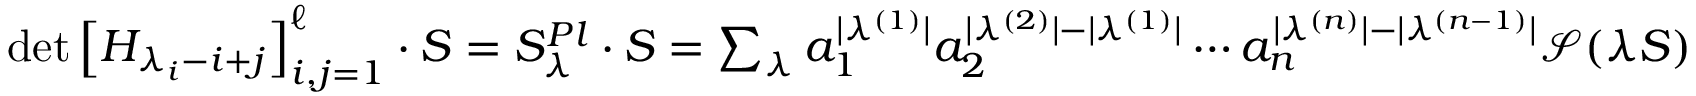
\begin{array} { r } { \operatorname* { d e t } \left[ H _ { \lambda _ { i } - i + j } \right] _ { i , j = 1 } ^ { \ell } \cdot S = S _ { \lambda } ^ { P l } \cdot S = \sum _ { \boldsymbol \lambda } a _ { 1 } ^ { | \lambda ^ { ( 1 ) } | } a _ { 2 } ^ { | \lambda ^ { ( 2 ) } | - | \lambda ^ { ( 1 ) } | } \cdots a _ { n } ^ { | \lambda ^ { ( n ) } | - | \lambda ^ { ( n - 1 ) } | } \mathcal { S } ( \boldsymbol \lambda S ) } \end{array}